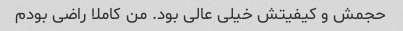
حجمش و کیفیتش خیلی عالی بود. من کاملا راضی بودم